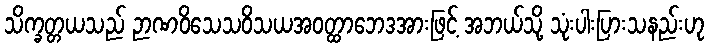
သိက္ခတ္တယသည် ဉာဏဝိသေသဝိသယအဝတ္ထာဘေဒအားဖြင့် အဘယ်သို့ သုံးပါးပြားသနည်းဟု